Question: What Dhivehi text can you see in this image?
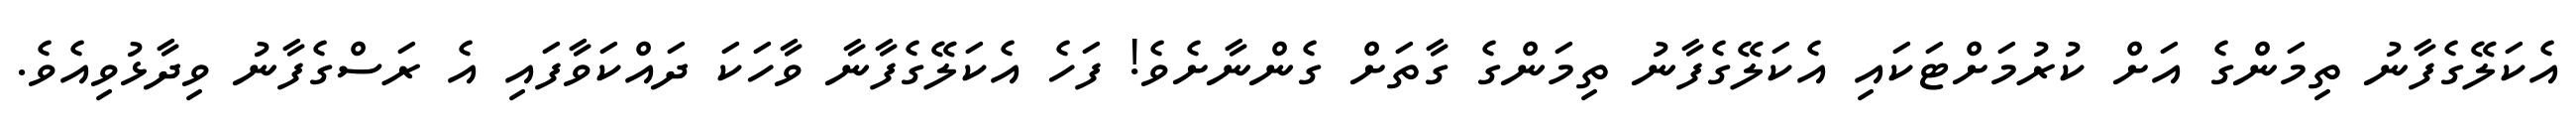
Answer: އެކަލޭގެފާނު ތިމަންގެ އަށް ކުރުމަށްޓަކައި އެކަލޭގެފާނު ތިމަންގެ ގާތަށް ގެންނާށެވެ! ފަހެ އެކަލޭގެފާނާ ވާހަކަ ދައްކަވާފައި އެ ރަސްގެފާނު ވިދާޅުވިއެވެ.